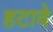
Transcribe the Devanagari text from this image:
हटावे